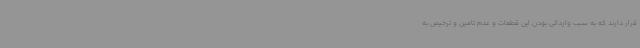
قرار دارند که به سبب وارداتی بودن این قطعات و عدم تامین و ترخیص به